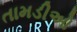
તામડીઓ